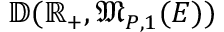
\mathbb { D } ( \mathbb { R } _ { + } , \mathfrak { M } _ { P , 1 } ( E ) )